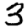
Digit: 3